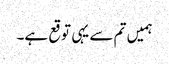
ہمیں تم سے یہی توقع ہے۔